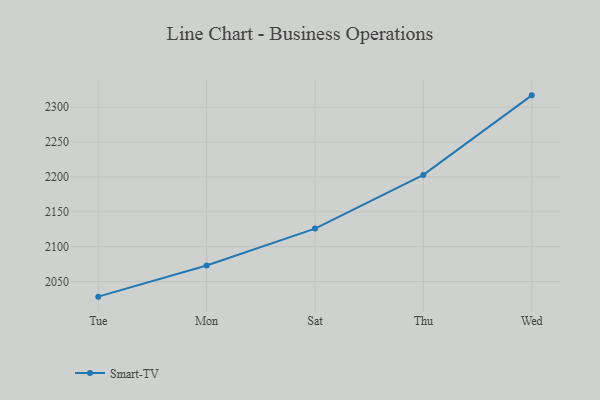
{"axis": {"x": "Day", "y": "Demand Index"}, "legend": ["Smart-TV"], "data": [{"x": "Tue", "y": 2028.3, "type": "Smart-TV"}, {"x": "Mon", "y": 2073.0, "type": "Smart-TV"}, {"x": "Sat", "y": 2125.9, "type": "Smart-TV"}, {"x": "Thu", "y": 2203.0, "type": "Smart-TV"}, {"x": "Wed", "y": 2317.1, "type": "Smart-TV"}]}